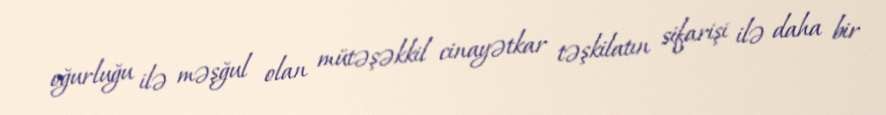
oğurluğu ilə məşğul olan mütəşəkkil cinayətkar təşkilatın sifarişi ilə daha bir